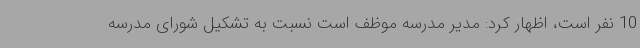
10 نفر است، اظهار کرد: مدیر مدرسه موظف است نسبت به تشکیل شورای مدرسه